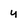
Character: y